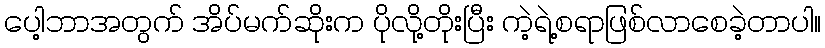
ပေါ့ဘာအတွက် အိပ်မက်ဆိုးက ပိုလို့တိုးပြီး ကဲ့ရဲ့စရာဖြစ်လာစေခဲ့တာပါ။